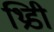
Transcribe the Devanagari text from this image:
थ्रिडी